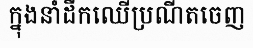
ក្នុងនាំដឹកឈើប្រណីតចេញ